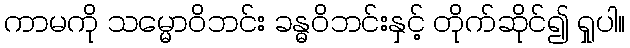
ကာမကို သမ္မောဝိဘင်း ခန္ဓဝိဘင်းနှင့် တိုက်ဆိုင်၍ ရှုပါ။